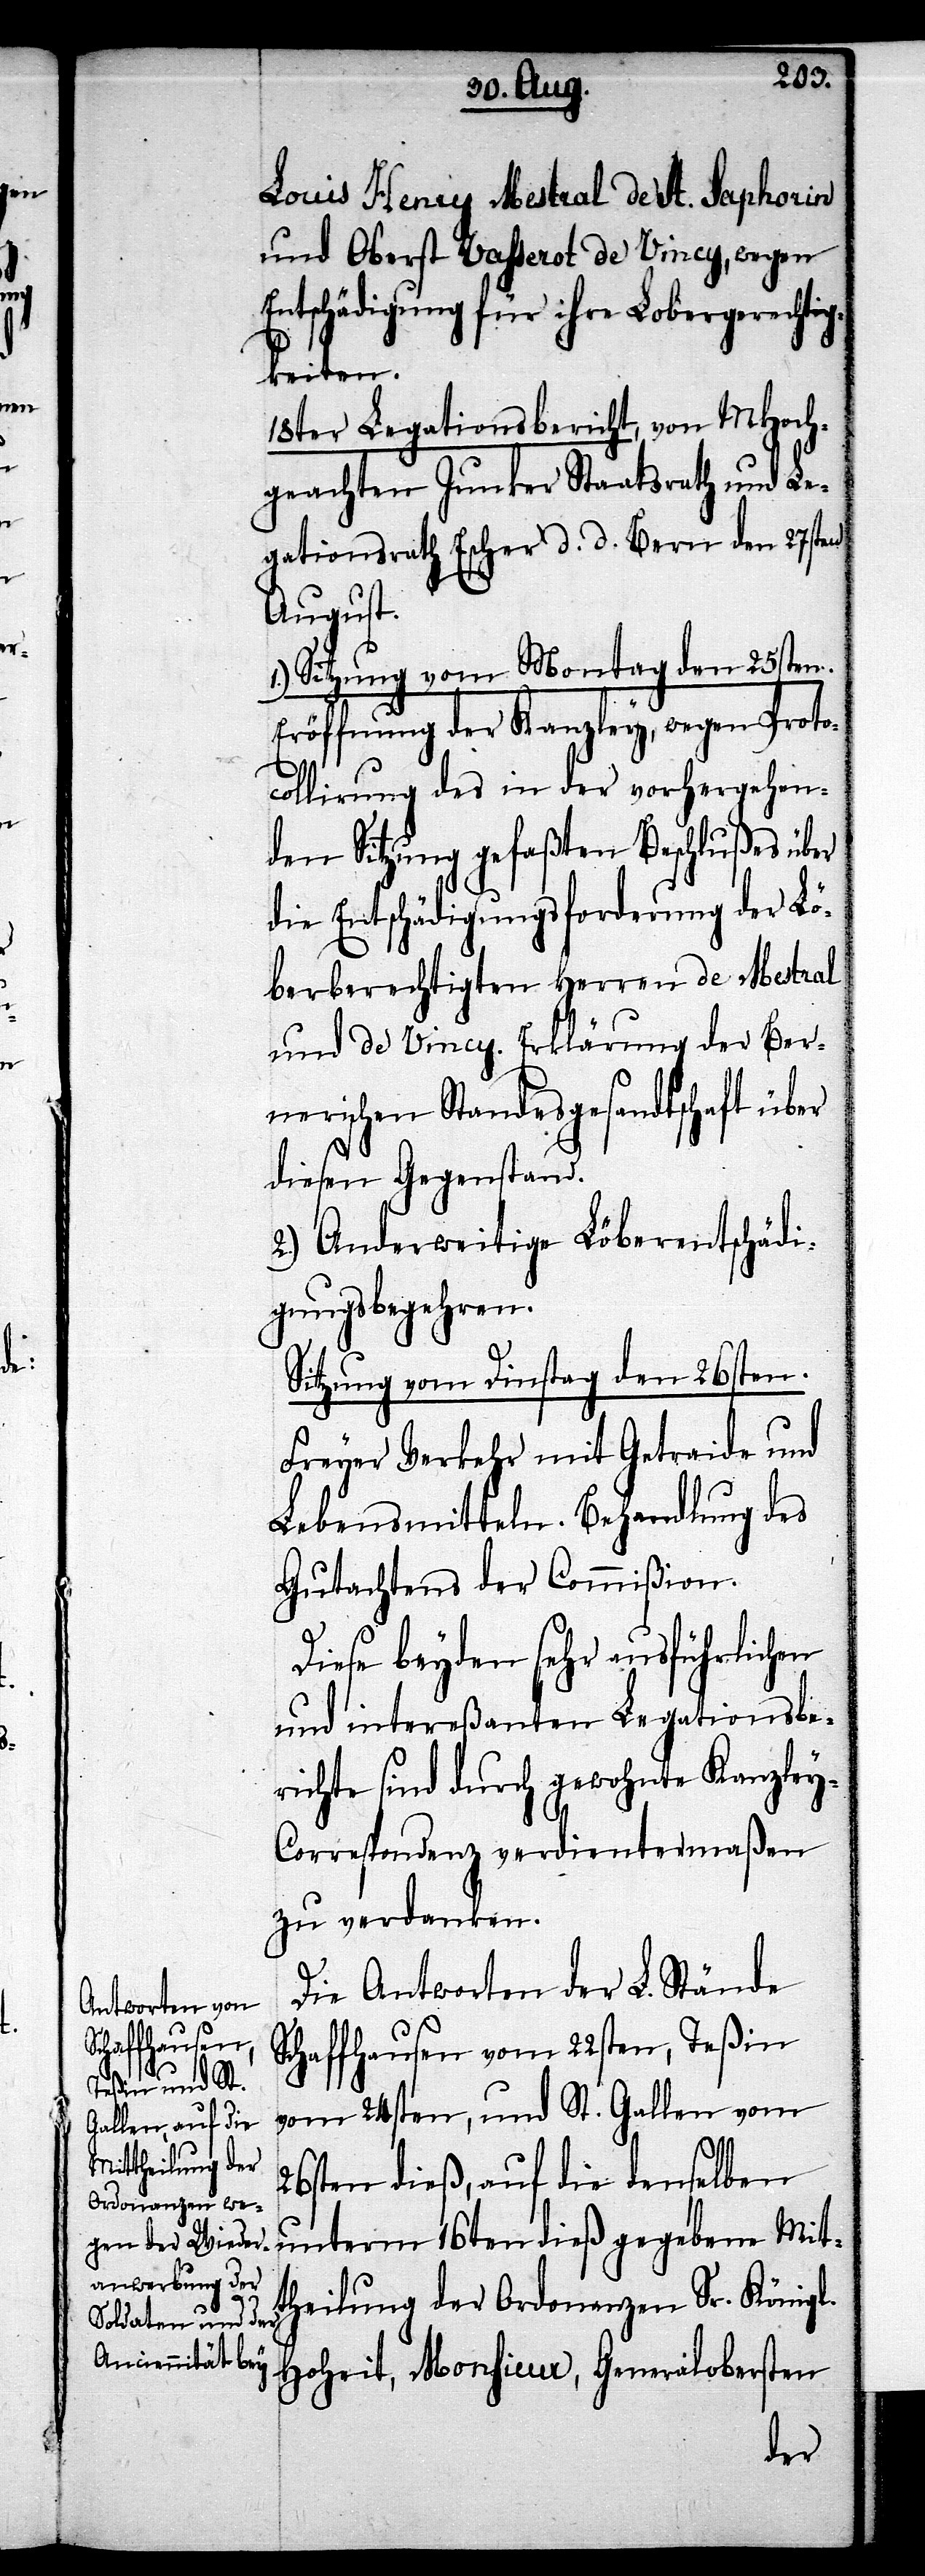
Louis Henry Mestral de St. Saphorin
und Oberst Vasserot de Vincy, wegen
Entschädigung für ihre Lobergerechtig¬
keiten.
18ter Legationsbericht, von MHoch¬
geachten Junker Staatsrath und Le¬
gationsrath Escher d. d. Bern den 27sten
August.
Sitzung vom Montag den 25sten.
Eröffnung der Kanzley, wegen Protoc¬
ollirung des in der vorhergehen¬
den Sitzung gefaßten Beschlußes über
die Entschädigungsforderung der Lö¬
berberechtigten Herren de Mestral
und de Vincy. Erklärung der Ber¬
nerischen Standesgesandtschaft über
diesen Gegenstand.
2.) Anderweitige Löberentschädi¬
gungsbegehren.
Sitzung vom Dinstag den 26sten.
Freyer Verkehr mit Getraide und
Lebensmitteln. Behandlung des
Gutachtens der Commißion.
Diese beyden sehr ausführlichen
und intereßanten Legationsbe¬
richte sind durch gewohnte Kanzle¬
y-Correspondenz verdientermaßen
zu verdanken.
Die Antworten der L. Stände
Schaffhausen vom 22sten, Teßin
vom 24sten, und St. Gallen vom
26sten dieß, auf die denselben
unterm 16ten dieß gegebene Mit¬
theilung der Ordonanzen Sr. Königl.
Hoheit, Monsieur, Generalobersten